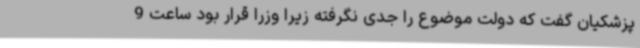
پزشکیان گفت که دولت موضوع را جدی نگرفته زیرا وزرا قرار بود ساعت 9